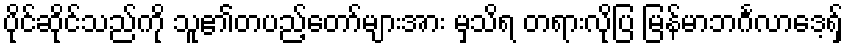
ပိုင်ဆိုင်သည်ကို သူ၏တပည့်တော်များအား မှသိရ တရားလိုပြ မြန်မာဘင်္ဂလာဒေ့ရှ်